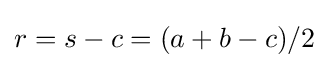
r=s-c=(a+b-c)/2